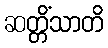
ဆတ္တိံသာတိ